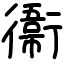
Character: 𫟙